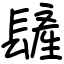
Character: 𨲨